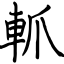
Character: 軱